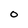
Character: O